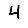
Digit: 4